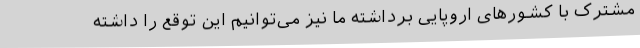
مشترک با کشورهای اروپایی برداشته ما نیز می‌توانیم این توقع را داشته